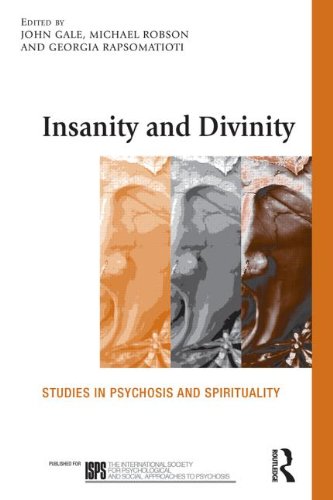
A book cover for Insanity and Divinity: Studies in Psychosis and Spirituality (The International Society for Psychological and Social Approaches  to Psychosis Book Series); Health, Fitness & Dieting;